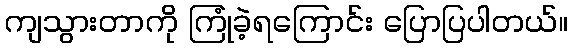
ကျသွားတာကို ကြုံခဲ့ရကြောင်း ပြောပြပါတယ်။